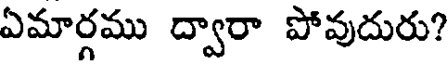
ఏమార్గము ద్వారా పోవుదురు?